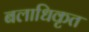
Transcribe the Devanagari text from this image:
बलाधिकृत